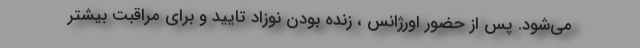
می‌شود. پس از حضور اورژانس ، زنده بودن نوزاد تایید و برای مراقبت بیشتر